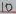
Text: 10